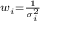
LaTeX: \scriptstyle w _ { i } = { \frac { 1 } { \sigma _ { i } ^ { 2 } } }